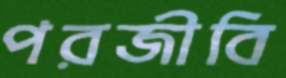
পরজীবি